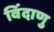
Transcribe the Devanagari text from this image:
विंदाणु